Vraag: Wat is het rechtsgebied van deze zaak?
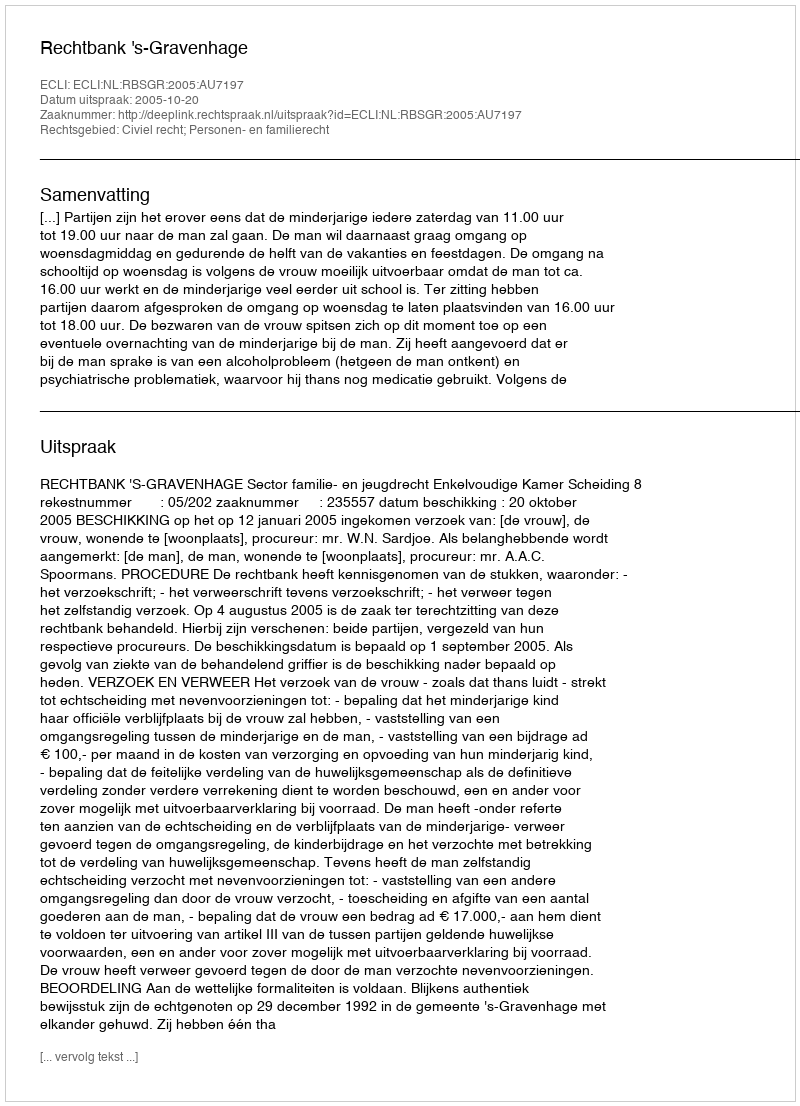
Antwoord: Civiel recht; Personen- en familierecht